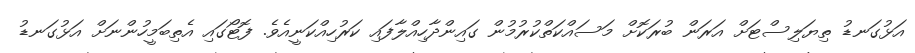
އަޅުގަނޑު ތިޔަލިސްޓަށް އަރަން ބުރަކޮށް މަސައްކަތްކުރުމުން ގައިންދާހިއްލާފައި ކަރުހިއްކަނީއެވެ. ފޮޓޯގައި އެތިބަމީހުންނަށް އަޅުގަނޑު